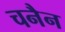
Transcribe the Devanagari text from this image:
चनैन